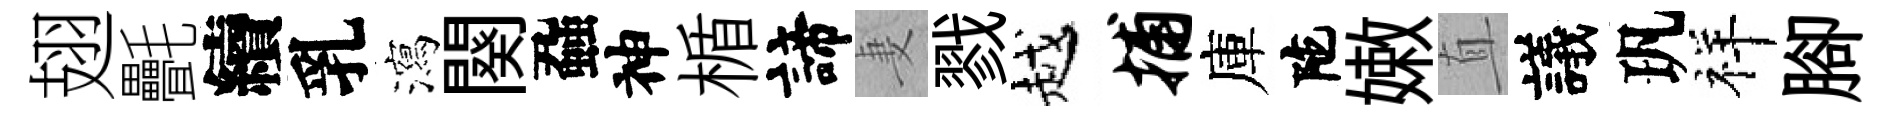
翅㲲續乳瀉闋蝨神楯諦妻戮越捕庫陀嫩直議㺬祥腳